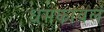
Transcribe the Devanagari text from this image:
धमकावलं